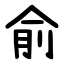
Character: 俞